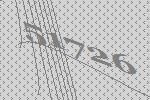
51726